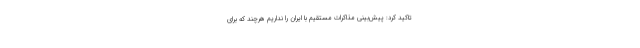
تاکید کرد: پیش‌بینی مذاکرات مستقیم با ایران را نداریم هرچند که برای